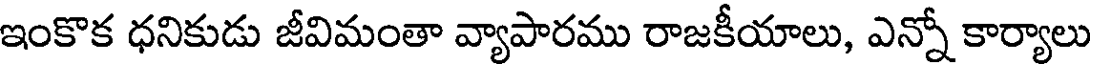
ఇంకొక ధనికుడు జీవిమంతా వ్యాపారము రాజకీయాలు, ఎన్నో కార్యాలు